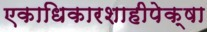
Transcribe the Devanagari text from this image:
एकाधिकारशाहीपेक्षा